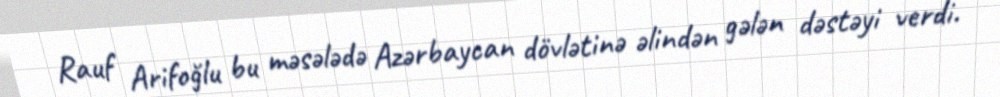
Rauf Arifoğlu bu məsələdə Azərbaycan dövlətinə əlindən gələn dəstəyi verdi.